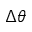
\Delta \theta